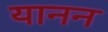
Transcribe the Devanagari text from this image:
यानन